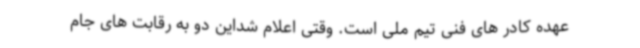
عهده کادر های فنی تیم ملی است. وقتی اعلام شداین دو به رقابت های جام